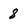
Character: 8